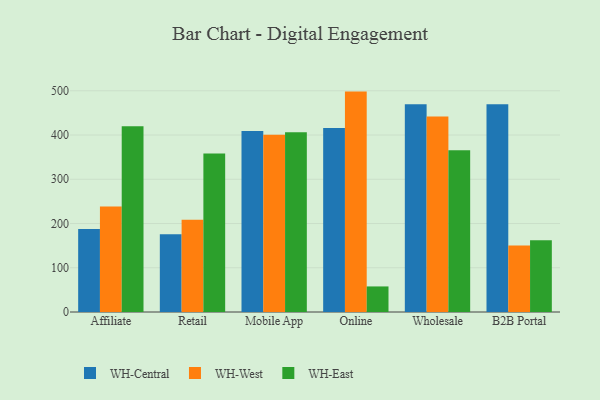
{"axis": {"x": "Channel", "y": "Page Views"}, "legend": ["WH-Central", "WH-East", "WH-West"], "data": [{"x": "Affiliate", "y": 187.5, "type": "WH-Central"}, {"x": "Affiliate", "y": 238.5, "type": "WH-West"}, {"x": "Affiliate", "y": 419.6, "type": "WH-East"}, {"x": "Retail", "y": 175.9, "type": "WH-Central"}, {"x": "Retail", "y": 208.3, "type": "WH-West"}, {"x": "Retail", "y": 358.0, "type": "WH-East"}, {"x": "Mobile App", "y": 408.9, "type": "WH-Central"}, {"x": "Mobile App", "y": 400.9, "type": "WH-West"}, {"x": "Mobile App", "y": 406.3, "type": "WH-East"}, {"x": "Online", "y": 416.2, "type": "WH-Central"}, {"x": "Online", "y": 498.2, "type": "WH-West"}, {"x": "Online", "y": 57.8, "type": "WH-East"}, {"x": "Wholesale", "y": 469.8, "type": "WH-Central"}, {"x": "Wholesale", "y": 441.9, "type": "WH-West"}, {"x": "Wholesale", "y": 365.6, "type": "WH-East"}, {"x": "B2B Portal", "y": 469.4, "type": "WH-Central"}, {"x": "B2B Portal", "y": 150.2, "type": "WH-West"}, {"x": "B2B Portal", "y": 162.3, "type": "WH-East"}]}